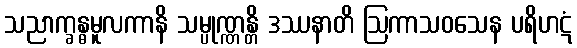
သညာက္ခန္ဓမူလကာနိ သမ္ပုဏ္ဏန္တိ ဒဿနာတိ ဩကာသဝသေန ပရိဟဋံ